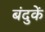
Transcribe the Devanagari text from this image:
बंदुकें